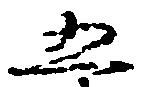
五